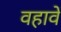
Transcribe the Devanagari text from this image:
वहावें